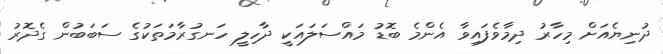
ދުނިޔެއަށް މިހާރު ދިމާވެފައިވާ އެންމެ ބޮޑު މައްސަލައަކީ ދާހިލީ ހަނގުރާމަތަކުގެ ސަބަބުން ގެދޮރު